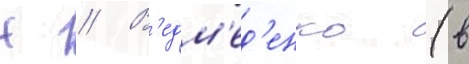
Н // В'едм'ед'енко (в